Annual report on the mental hospital in the Central Provinces and Berar (Nagpur) - 1927-1951
Year: 1927
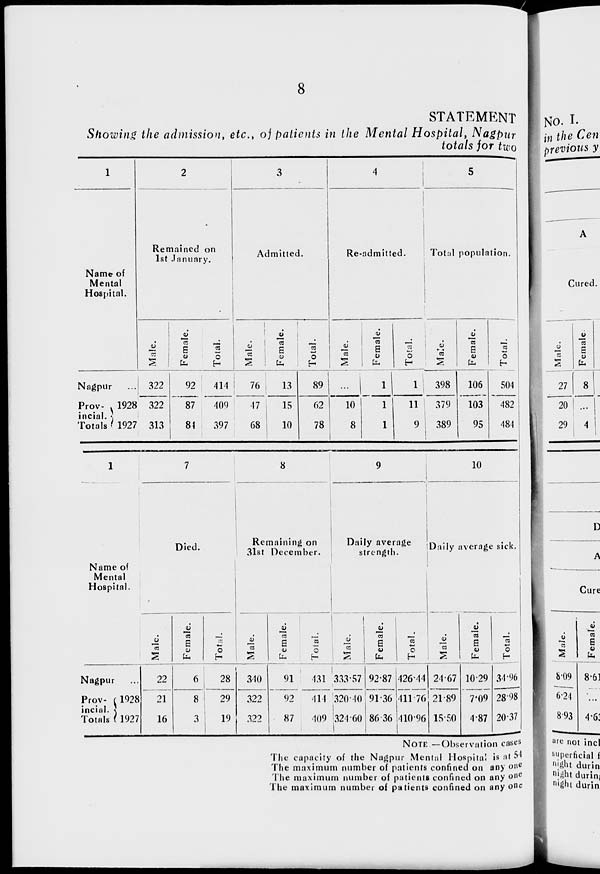
8
STATEMENT
Showing the admission, etc., of patients in the Mental Hospital, Nagpur
totals for two
1
Name of
Mental
Hospital.
Nagpur ...
Prov-
incial,
Totals
1928
1927
2
Remained on
1st January.
Male.
322
322
313
Female.
92
87
84
Total.
414
409
397
3
Admitted.
Male.
76
17
68
Female.
13
15
10
Total.
89
62
78
4
Re-admitted.
Male.
...
10
8
Female.
1
1
1
Total.
1
11
9
5
Total population.
Male.
398
379
389
Female.
106
103
95
Total.
504
482
484
1
Name of
Mental
Hospital.
Nagpur ...
Prov-
incial,
Totals
1928
1927
7
Died.
Male.
22
21
16
Female.
6
8
3
Total.
28
29
19
8
Remaining on
31st December.
Male.
340
322
322
Female.
91
92
87
Total.
431
414
409
9
Daily average
strength.
Male.
333.57
320.40
324.60
Female.
92.87
91.36
86.36
Total.
426.44
411.76
410.96
10
Daily average sick.
Male.
24.67
21.89
15.50
Female.
10.29
7.09
4.87
Total.
34.96
28.98
20.37
NOTE :—Observation cases
The capacity of the Nagpur Mental Hospital is at 54
The maximum number of patients confined on any one
The maximum number of patients confined on any one
The maximum number of patients confined on any one